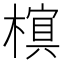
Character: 𬄖